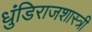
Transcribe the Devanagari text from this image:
धुंडिराजशास्त्री